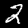
Digit: 2